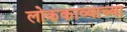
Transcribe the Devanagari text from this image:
लोककाव्याच्या